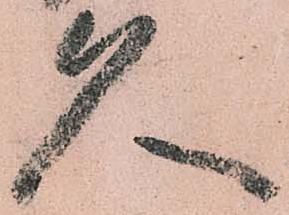
久